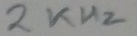
Text: 2KHz